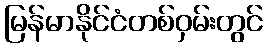
မြန်မာနိုင်ငံတစ်ဝှမ်းတွင်